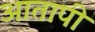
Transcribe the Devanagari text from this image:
आतापी